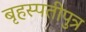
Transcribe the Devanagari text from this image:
बृहस्पतीपुत्र